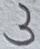
Text: 3